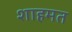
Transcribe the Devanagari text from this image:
शाहमत